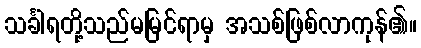
သင်္ခါရတို့သည်မမြင်ရာမှ အသစ်ဖြစ်လာကုန်၏။